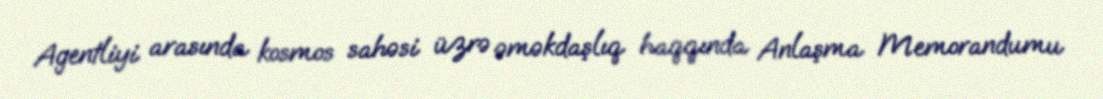
Agentliyi arasında kosmos sahəsi üzrə əməkdaşlıq haqqında Anlaşma Memorandumu